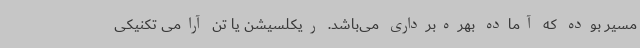
مسیر بوده که آماده بهره‌برداری می‌باشد. ریکلسیشن یا تن آرامی تکنیکی